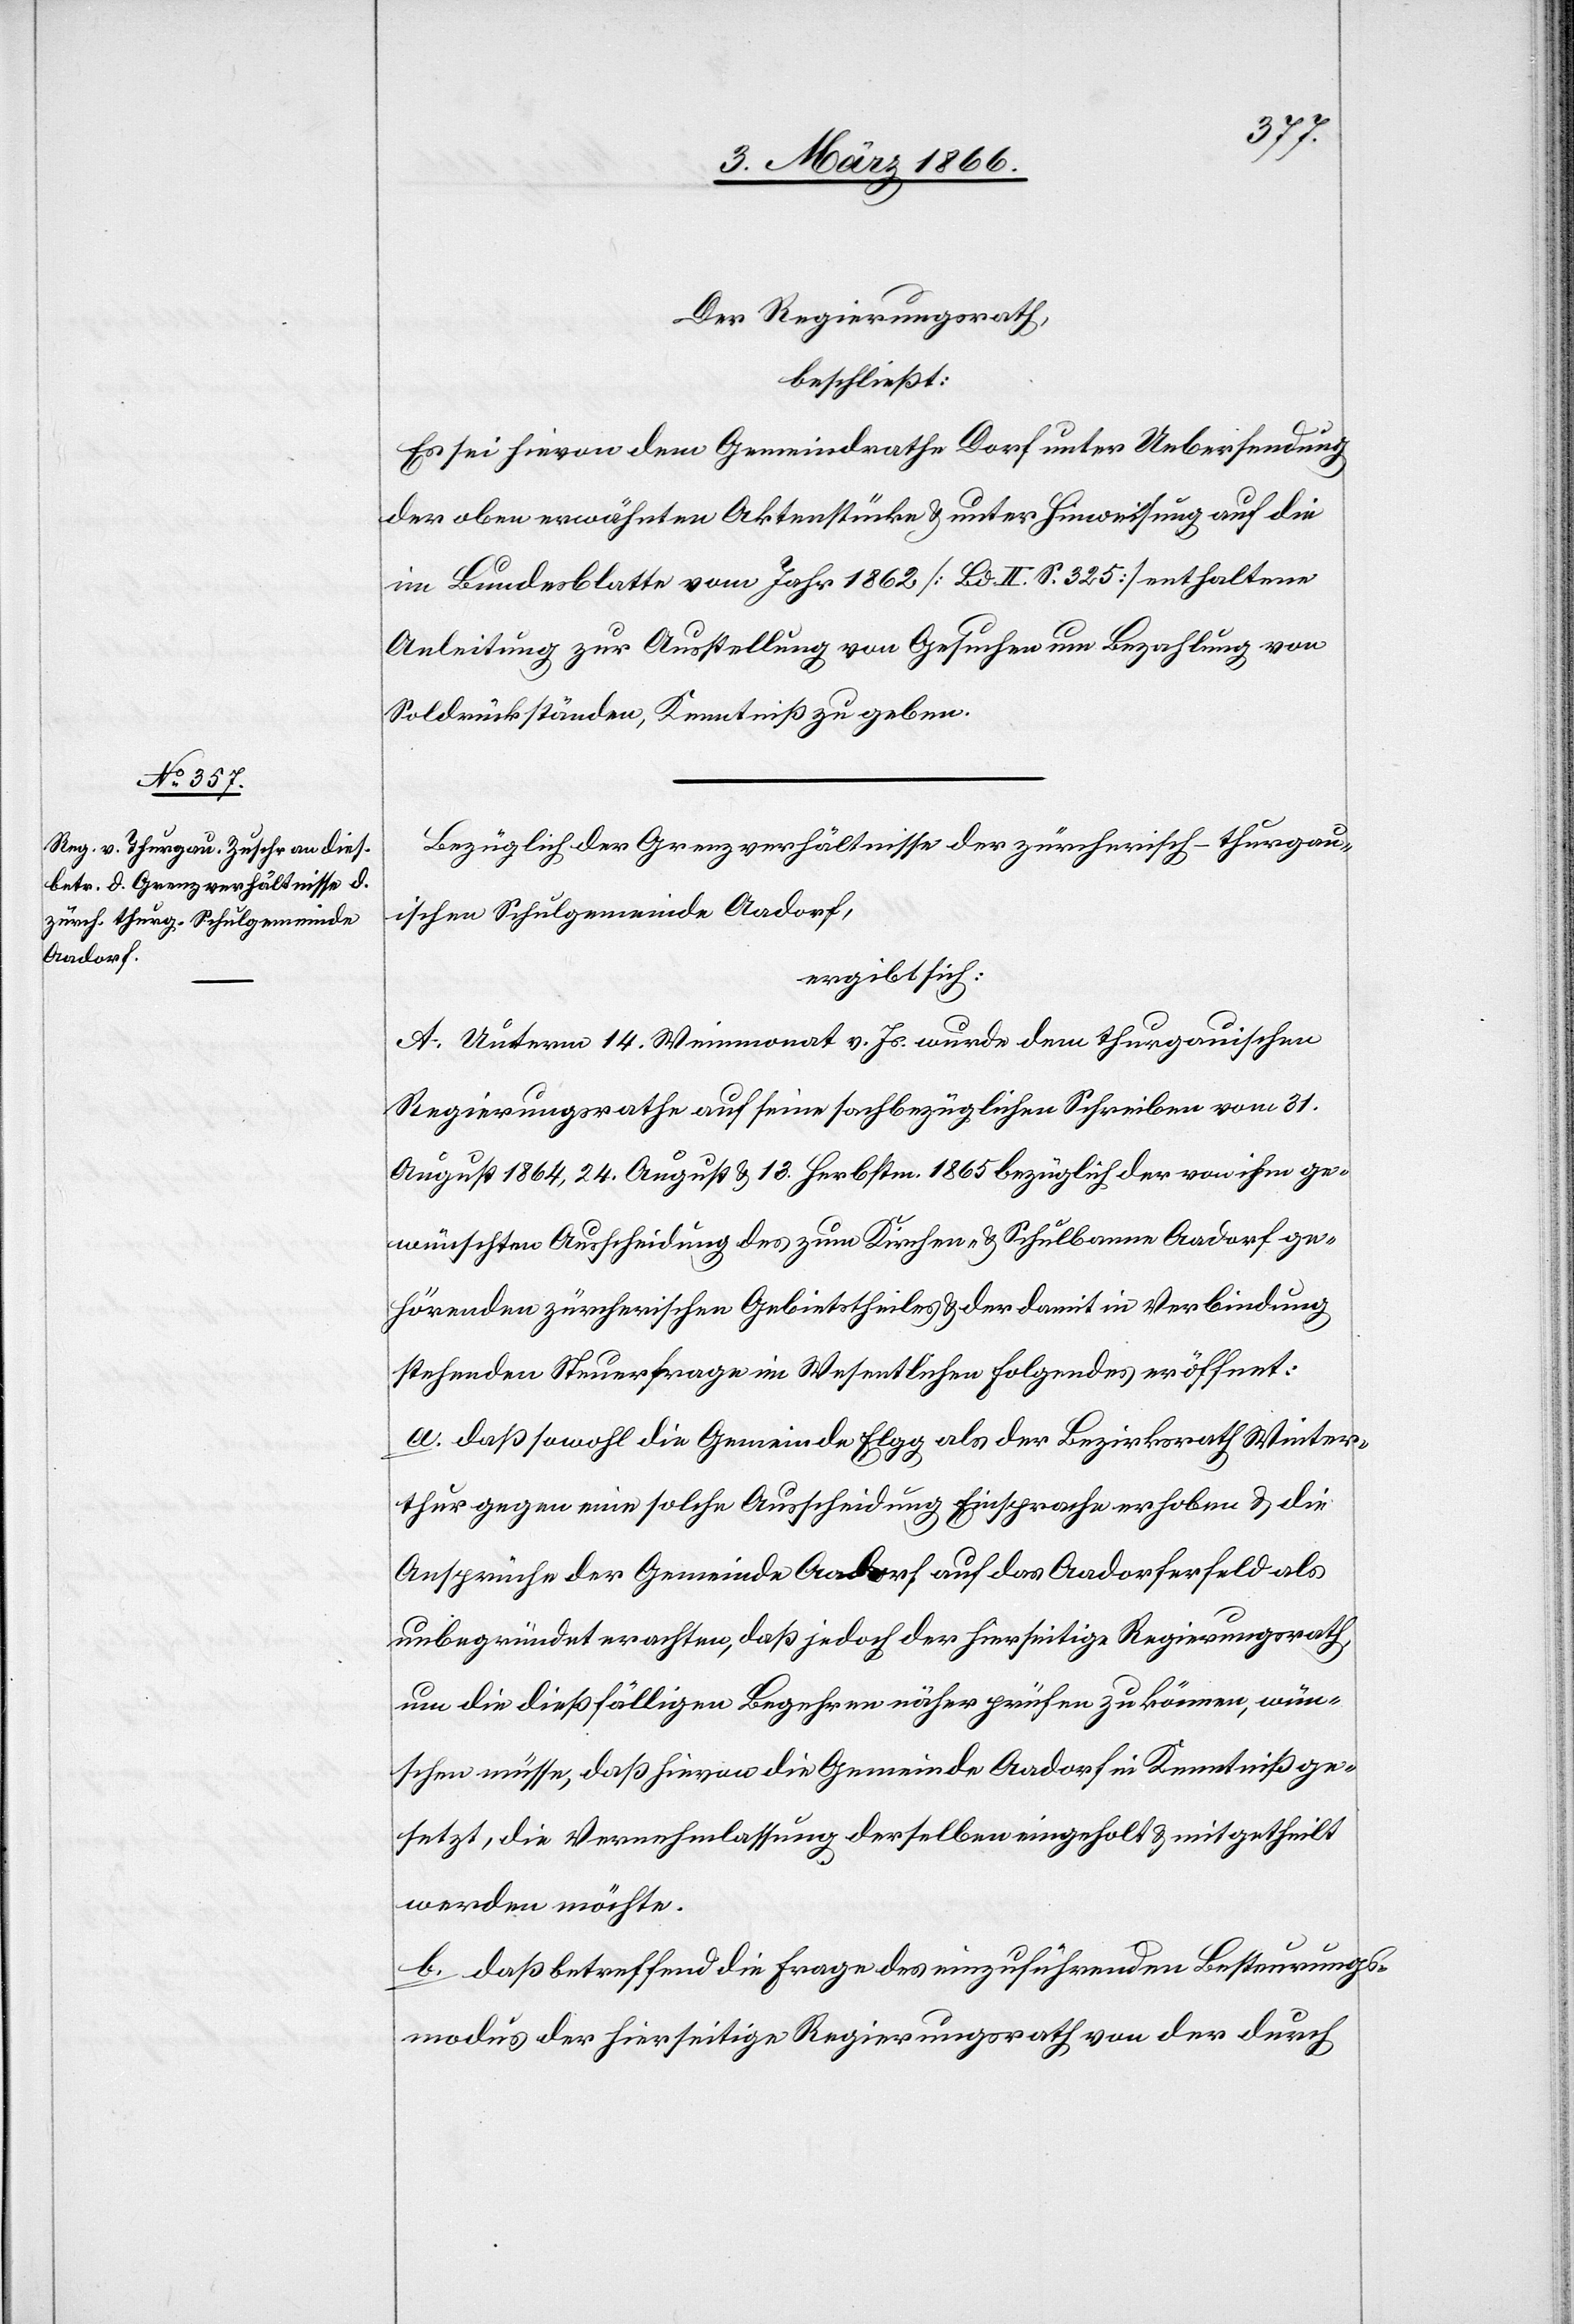
Der Regierungsrath,
beschließt:
Es sei hievon dem Gemeindrathe Dorf unter Uebersendung
der oben erwähnten Aktenstücke u. unter Hinweisung auf die
im Bundesblatte vom Jahr 1862 [Bd. II S. 325] enthaltene
Anleitung zur Ausstellung von Gesuchen um Bezahlung von
Soldrückständen, Kenntniß zu geben.
Bezüglich der Grenzverhältnisse der züricherisch-thurgau¬
ischen Schulgemeinde Aadorf,
ergibt sich:
A. Unterm 14. Weinmonat v. Js. wurde dem thurgauischen
Regierungsrathe auf seine sachbezüglichen Schreiben vom 31.
August 1864, 24. August u. 13. Herbstm. 1865 bezüglich der von ihm ge¬
wünschten Ausscheidung des zum Kirchen- u. Schulbanne Aadorf ge¬
hörenden zürcherischen Gebietstheiles u. der damit in Verbindung
stehenden Steuerfrage im Wesentlichen folgendes eröffnet:
a. daß sowohl die Gemeinde Elgg als der Bezirksrath Winter¬
thur gegen eine solche Ausscheidung Einsprache erhoben u. die
Ansprüche der Gemeinde Aadorf auf das Aadorferfeld als
unbegründet erachten, daß jedoch der hierseitige Regierungsrath
um die dießfälligen Begehren näher prüfen zu können, wün¬
schen müsse, daß hievon die Gemeinde Aadorf in Kenntniß ge¬
setzt, die Vernehmlassung derselben eingeholt u. mitgetheilt
werden möchte.
b. daß betreffend die Frage des einzuführenden Bestimmungs¬
modus der hierseitige Regierungsrath von der durch